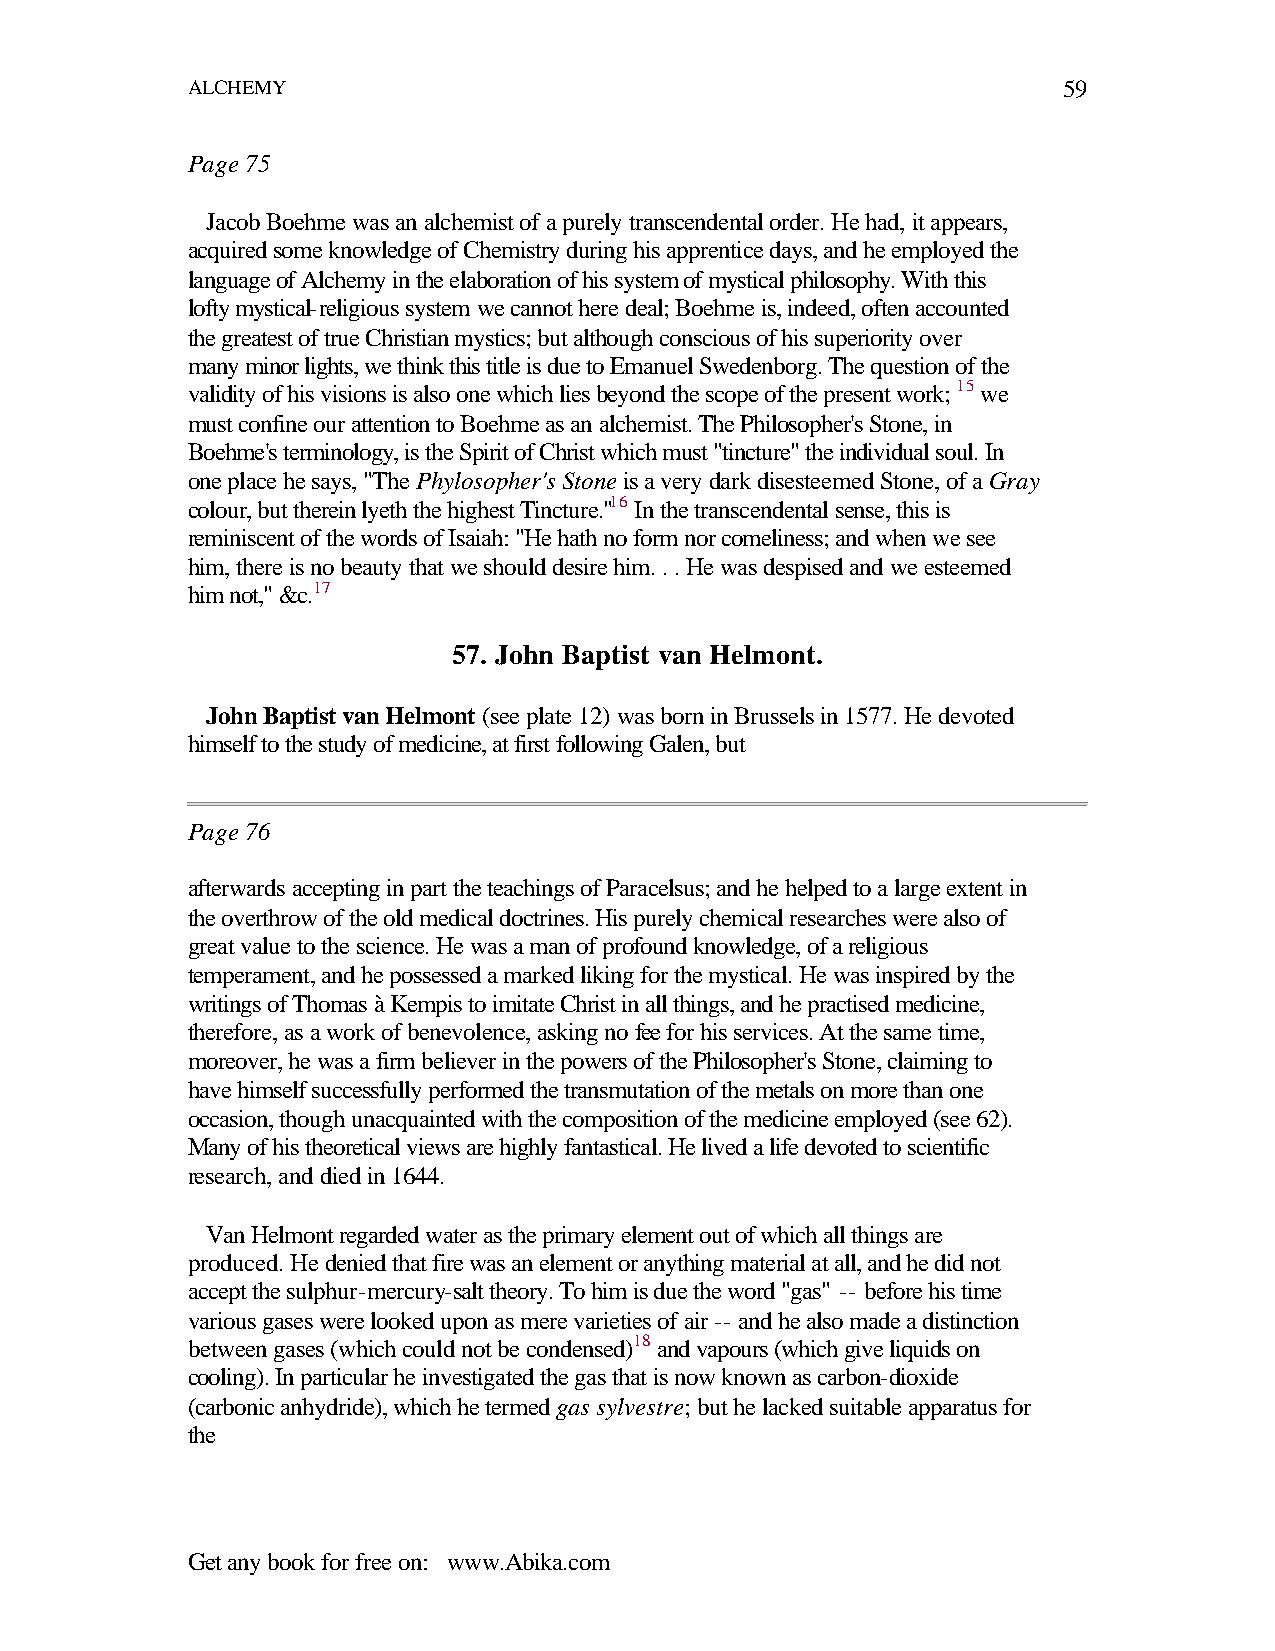
ALCHEMY                                                   59
 Page 75
 Jacob Boehme was an alchemist of a purely transcendental order. He had, it appears,
 acquired some knowledge of Chemistry during his apprentice days, and he employed the
 language of Alchemy in the elaboration of his system of mystical philosophy. With this
 lofty mystical-religious system we cannot here deal; Boehme is, indeed, often accounted
 the greatest of true Christian mystics; but although conscious of his superiority over
 many minor lights, we think this title is due to Emanuel Swedenborg. The question of the
 validity of his visions is also one which lies beyond the scope of the present work; 15 we
 must confine our attention to Boehme as an alchemist. The Philosopher's Stone, in
 Boehme's terminology, is the Spirit of Christ which must "tincture" the individual soul. In
 one place he says, "The Phylosopher's Stone is a very dark disesteemed Stone, of a Gray
 colour, but therein lyeth the highest Tincture."16 In the transcendental sense, this is
 reminiscent of the words of Isaiah: "He hath no form nor comeliness; and when we see
 him, there is no beauty that we should desire him. . . He was despised and we esteemed
 him not," &c.17
 57. John Baptist van Helmont.
 John Baptist van Helmont (see plate 12) was born in Brussels in 1577. He devoted
 himself to the study of medicine, at first following Galen, but
 Page 76
 afterwards accepting in part the teachings of Paracelsus; and he helped to a large extent in
 the overthrow of the old medical doctrines. His purely chemical researches were also of
 great value to the science. He was a man of profound knowledge, of a religious
 temperament, and he possessed a marked liking for the mystical. He was inspired by the
 writings of Thomas à Kempis to imitate Christ in all things, and he practised medicine,
 therefore, as a work of benevolence, asking no fee for his services. At the same time,
 moreover, he was a firm believer in the powers of the Philosopher's Stone, claiming to
 have himself successfully performed the transmutation of the metals on more than one
 occasion, though unacquainted with the composition of the medicine employed (see 62).
 Many of his theoretical views are highly fantastical. He lived a life devoted to scientific
 research, and died in 1644.
 Van Helmont regarded water as the primary element out of which all things are
 produced. He denied that fire was an element or anything material at all, and he did not
 accept the sulphur-mercury-salt theory. To him is due the word "gas" -- before his time
 various gases were looked upon as mere varieties of air -- and he also made a distinction
 between gases (which could not be condensed)18 and vapours (which give liquids on
 cooling). In particular he investigated the gas that is now known as carbon-dioxide
 (carbonic anhydride), which he termed gas sylvestre; but he lacked suitable apparatus for
 the
 Get any book for free on: www.Abika.com